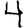
Digit: 4